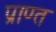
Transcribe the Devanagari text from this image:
प्राण्त